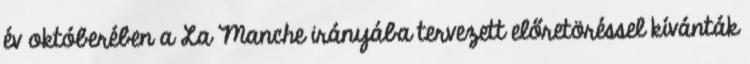
év októberében a La Manche irányába tervezett előretöréssel kívánták